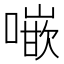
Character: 𠾨